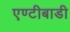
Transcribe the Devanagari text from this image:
एण्टीबाडी